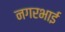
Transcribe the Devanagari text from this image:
नगरभाई